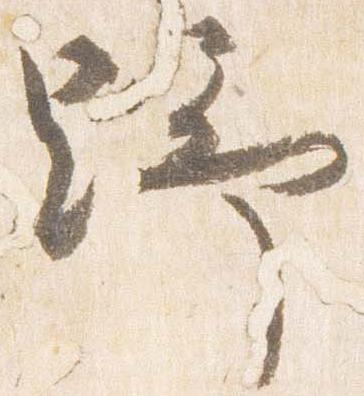
野